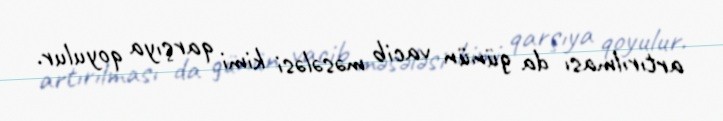
artırılması da günün vacib məsələsi kimi qarşıya qoyulur.